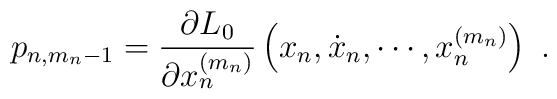
p_{n,m_n-1}=\frac{\partial L_0}{\partial x_n^{(m_n)}}\left(x_n,\dot{x}_n,\cdots,x_n^{(m_n)}\right)\ .